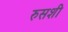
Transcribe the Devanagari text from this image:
रुसशी